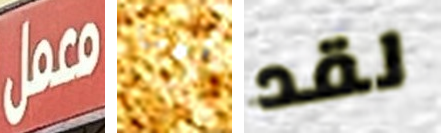
معمل تأتينا لقد